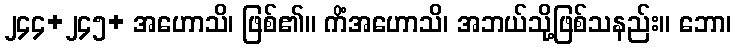
၂၄၄+၂၄၅+ အဟောသိ၊ ဖြစ်၏။ ကိံအဟောသိ၊ အဘယ်သို့ဖြစ်သနည်း။ ဘော၊